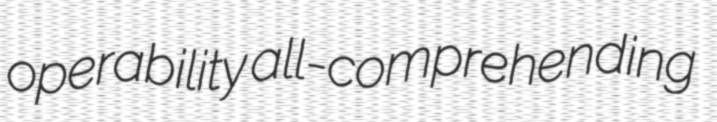
operability all-comprehending